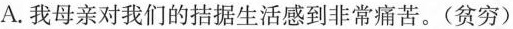
A.我母亲对我们的\underset{·}{拮}\underset{·}{据}生活感到非常痛苦。(贫穷)